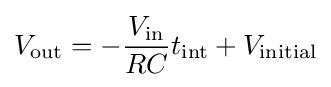
V_{\text{out}}=-{\frac {V_{\text{in}}}{RC}}t_{\text{int}}+V_{\text{initial}}